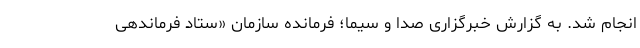
انجام شد. به گزارش خبرگزاری صدا و سیما؛ فرمانده سازمان «ستاد فرماندهی